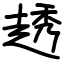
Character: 䞬